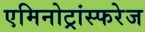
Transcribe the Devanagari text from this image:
एमिनोट्रांस्फरेज